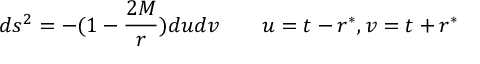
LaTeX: d s ^ { 2 } = - ( 1 - { \frac { 2 M } { r } } ) d u d v \qquad u = t - r ^ { * } , v = t + r ^ { * }